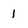
Character: 1